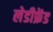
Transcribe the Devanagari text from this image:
लेडीफ्रेंड